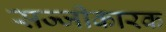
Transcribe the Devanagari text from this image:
सज्जीकारक